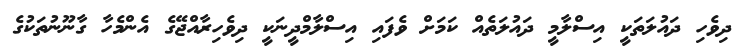
ދިވެހި ދައުލަތަކީ އިސްލާމީ ދައުލަތެއް ކަމަށް ވެފައި އިސްލާމްދީނަކީ ދިވެހިރާއްޖޭގެ އެންމެހާ ގާނޫނުތަކުގެ